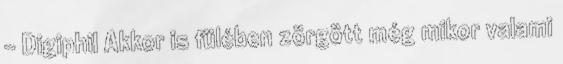
- Digiphil Akkor is fülében zörgött még mikor valami